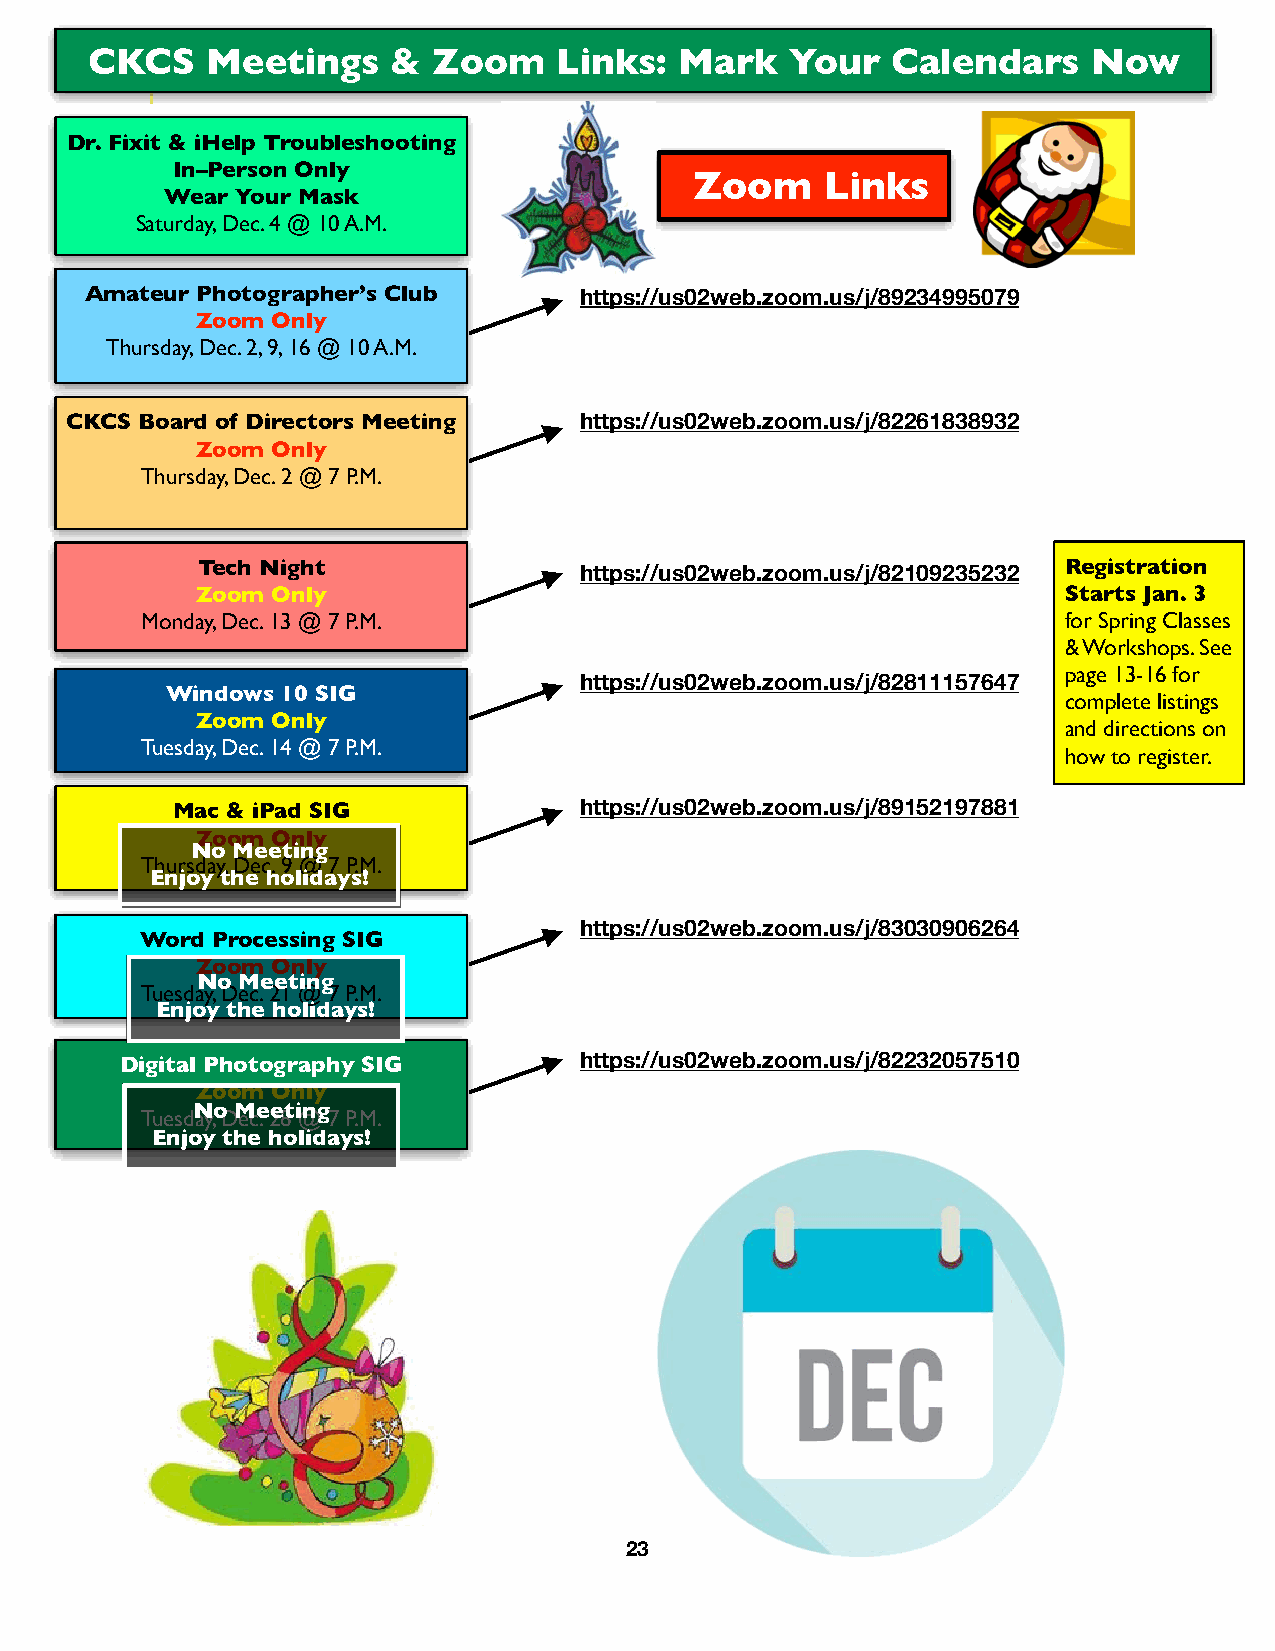
CKCS    Meetings    &  Zoom    Links:  Mark   Your   Calendars    Now
 Dr. Fixit & iHelp Troubleshooting
 In–Person Only
 Zoom     Links
 Wear Your Mask
 Saturday, Dec. 4 @ 10 A.M.
 Amateur Photographer’s Club     https://us02web.zoom.us/j/89234995079
 Zoom Only
 Thursday, Dec. 2, 9, 16 @ 10 A.M.
 CKCS Board of Directors Meeting   https://us02web.zoom.us/j/82261838932
 Zoom Only
 Thursday, Dec. 2 @ 7 P.M.
 Tech Night                                               Registration
 https://us02web.zoom.us/j/82109235232
 Zoom Only                                                Starts Jan. 3
 Monday, Dec. 13 @ 7 P.M.                                     for Spring Classes
 & Workshops. See
 page 13-16 for
 https://us02web.zoom.us/j/82811157647
 Windows 10 SIG
 complete listings
 Zoom Only
 and directions on
 Tuesday, Dec. 14 @ 7 P.M.
 how to register.
 Mac & iPad SIG             https://us02web.zoom.us/j/89152197881
 Zoom Only
 No Meeting
 Thursday, Dec. 9 @ 7 P.M.
 Enjoy the holidays!
 https://us02web.zoom.us/j/83030906264
 Word Processing SIG
 Zoom Only
 No Meeting
 Tuesday, Dec. 21 @ 7 P.M.
 Enjoy the holidays!
 Digital Photography SIG       https://us02web.zoom.us/j/82232057510
 Zoom Only
 No Meeting
 Tuesday, Dec. 28 @ 7 P.M.
 Enjoy the holidays!
 23